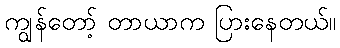
ကျွန်တော့် တာယာက ပြားနေတယ်။